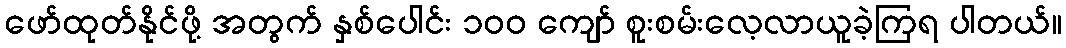
ဖော်ထုတ်နိုင်ဖို့ အတွက် နှစ်ပေါင်း ၁၀၀ ကျော် စူးစမ်းလေ့လာယူခဲ့ကြရ ပါတယ်။